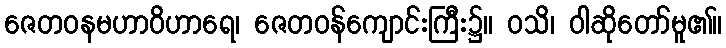
ဇေတဝနမဟာဝိဟာရေ၊ ဇေတဝန်ကျောင်းကြီး၌။ ဝသိ၊ ဝါဆိုတော်မူ၏။